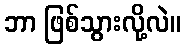
ဘာ ဖြစ်သွားလို့လဲ။